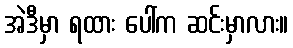
အဲဒီမှာ ရထား ပေါ်က ဆင်းမှာလား။